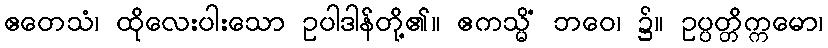
ဧတေသံ၊ ထိုလေးပါးသော ဥပါဒါန်တို့၏။ ဧကသ္မိံ ဘဝေ၊ ၌။ ဥပ္ပတ္တိက္ကမော၊